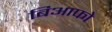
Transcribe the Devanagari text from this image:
बिआफो